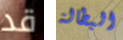
قد البطالة